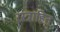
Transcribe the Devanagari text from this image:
रस्त्राहित